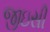
જીઇસી